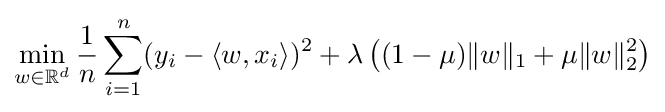
\min _{w\in \mathbb {R} ^{d}}{\frac {1}{n}}\sum _{i=1}^{n}(y_{i}-\langle w,x_{i}\rangle )^{2}+\lambda \left((1-\mu )\|w\|_{1}+\mu \|w\|_{2}^{2}\right)